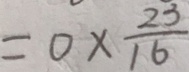
= 0 \times \frac { 2 3 } { 1 6 }